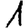
Digit: 1